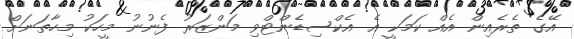
އޭގެ ތެރެއިން އެއް ކަމަކީ އެ އެކްސިޑެންޓްވި މަންޒަރު ފެނުނު މީހަކު މިހާތަނަށް